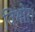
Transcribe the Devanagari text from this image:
विभोर।